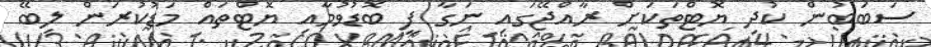
ސަބަބުން ކުދި ޔޮޓްތަކަށް ރާއްޖޭގައި ނަގާ ފީ ބޮޑުވުމާއި ޔޮޓްތައް މަޑުކުރަން ލިބޭ